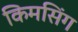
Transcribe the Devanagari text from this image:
किमसिंग